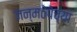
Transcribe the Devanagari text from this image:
जन्मठेपेच्या